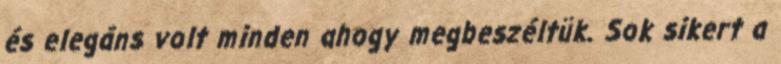
és elegáns volt minden ahogy megbeszéltük. Sok sikert a